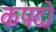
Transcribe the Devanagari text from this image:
कपदो